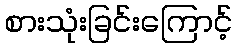
စားသုံးခြင်းကြောင့်